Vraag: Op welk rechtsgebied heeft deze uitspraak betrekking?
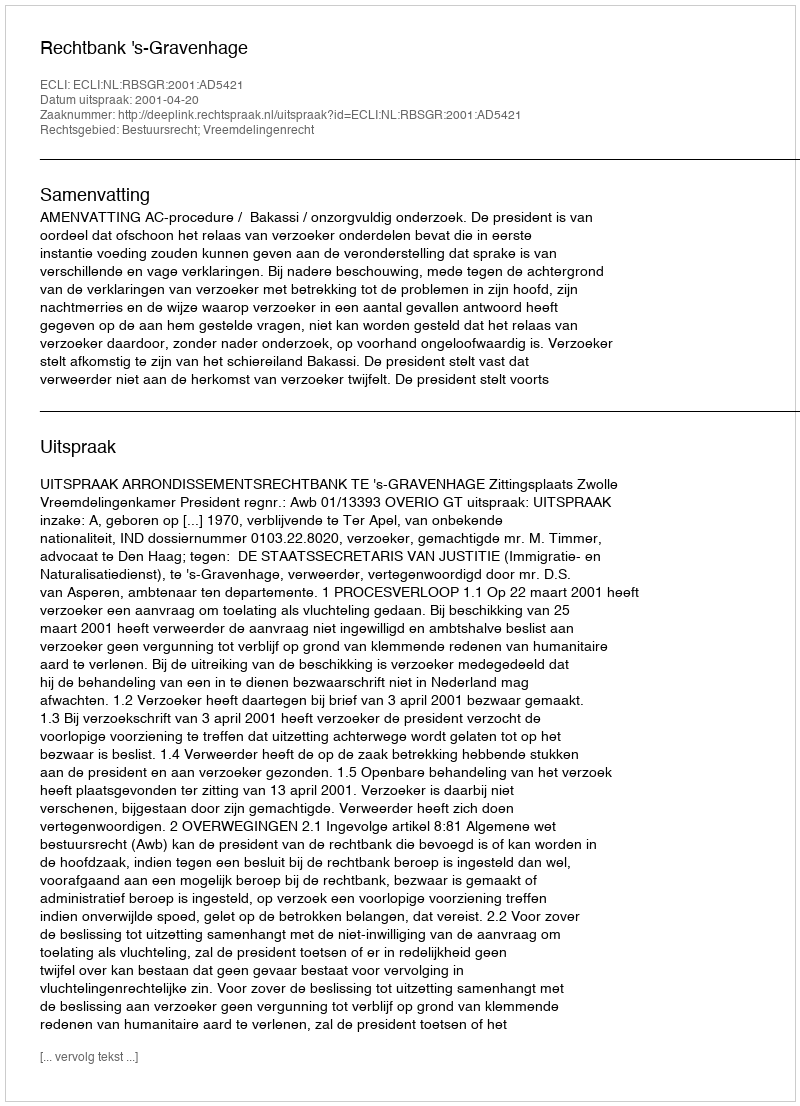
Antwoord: Bestuursrecht; Vreemdelingenrecht